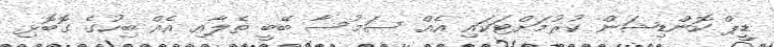
ޑީޕް ކޮންޑިޝަން ކުރުމަށްޓަކައި އެއް ސަމުސާ ބޭބީ ތެލާއި އެއް ބިހުގެ ގޮބޮޅި